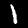
Digit: 1